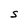
Character: S